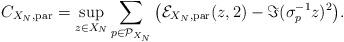
LaTeX: \begin{align*}&C_{X_{N},\mathrm{par}}=\sup_{z\in X_{N}}\sum_{p\in\mathcal{P}_{X_{N}}}\big(\mathcal{E}_{X_{N},\mathrm{par}}(z,2)-\Im(\sigma_{p}^{-1}z)^{2}\big).\end{align*}